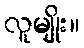
လူမျိုး။